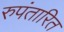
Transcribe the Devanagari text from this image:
रुपंतारित